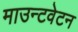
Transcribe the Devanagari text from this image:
माउन्टवेटन